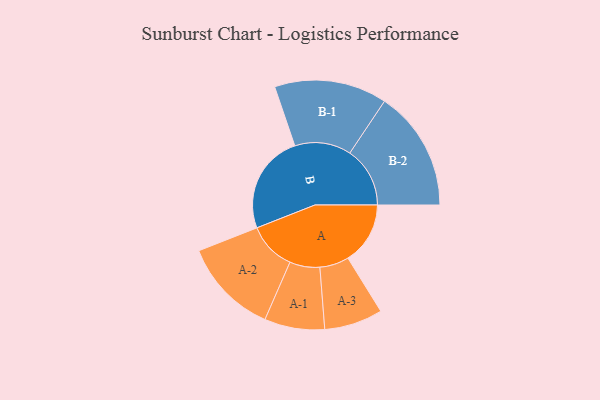
{"axis": {"x": "Segment", "y": "Value"}, "legend": ["", "A", "B"], "data": [{"x": "A", "y": 294, "type": ""}, {"x": "B", "y": 468, "type": ""}, {"x": "A-1", "y": 142, "type": "A"}, {"x": "A-2", "y": 227, "type": "A"}, {"x": "A-3", "y": 138, "type": "A"}, {"x": "B-1", "y": 266, "type": "B"}, {"x": "B-2", "y": 284, "type": "B"}]}